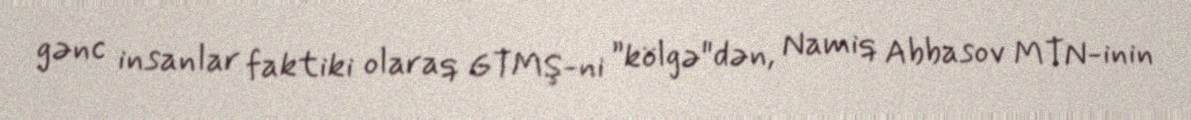
gənc insanlar faktiki olaraq GTMŞ-ni ”kölgə"dən, Namiq Abbasov MTN-inin